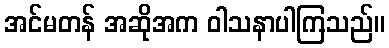
အင်မတန် အဆိုအက ဝါသနာပါကြသည်။